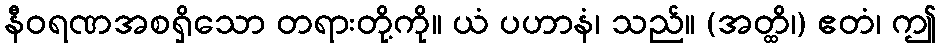
နီဝရဏအစရှိသော တရားတို့ကို။ ယံ ပဟာနံ၊ သည်။ (အတ္ထိ၊) ဧတံ၊ ဤ